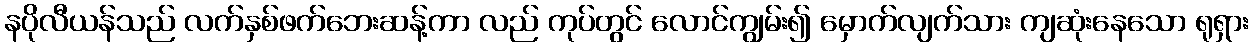
နပိုလီယန်သည် လက်နှစ်ဖက်ဘေးဆန့်ကာ လည် ကုပ်တွင် လောင်ကျွမ်း၍ မှောက်လျက်သား ကျဆုံးနေသော ရုရှား